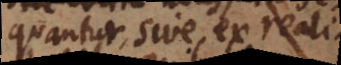
equantur, sive ex realita